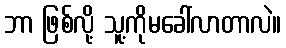
ဘာ ဖြစ်လို့ သူ့ကိုမခေါ်လာတာလဲ။